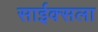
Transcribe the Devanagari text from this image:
साईक्सला